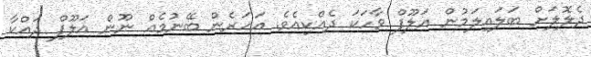
ދެލޮލަށް ބަލައިލަމުން އަލޫފް ވާހަކަ ދެއްކިއެވެ. އަހަރެން ބޭނުމެއް ނޫން އަލޫފް ދައްކާ